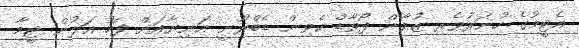
އެޓީމުގެ ހުނަރުވެރި ޒުވާން ފޯވާޑް ކެވިން ޑެބްރޫނީ އަނިޔާއަށް ފަހު އަލުން ޓީމާ